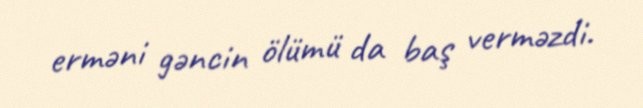
erməni gəncin ölümü da baş verməzdi.